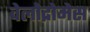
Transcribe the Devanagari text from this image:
वेलोद्रोमेस